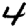
Digit: 4